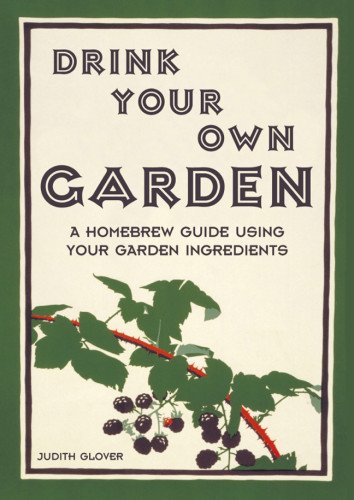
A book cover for Drink Your Own Garden: A Homebrew Guide Using Your Garden Ingredients; Judith Glover; Cookbooks, Food & Wine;